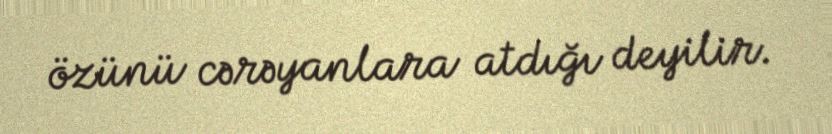
özünü cərəyanlara atdığı deyilir.